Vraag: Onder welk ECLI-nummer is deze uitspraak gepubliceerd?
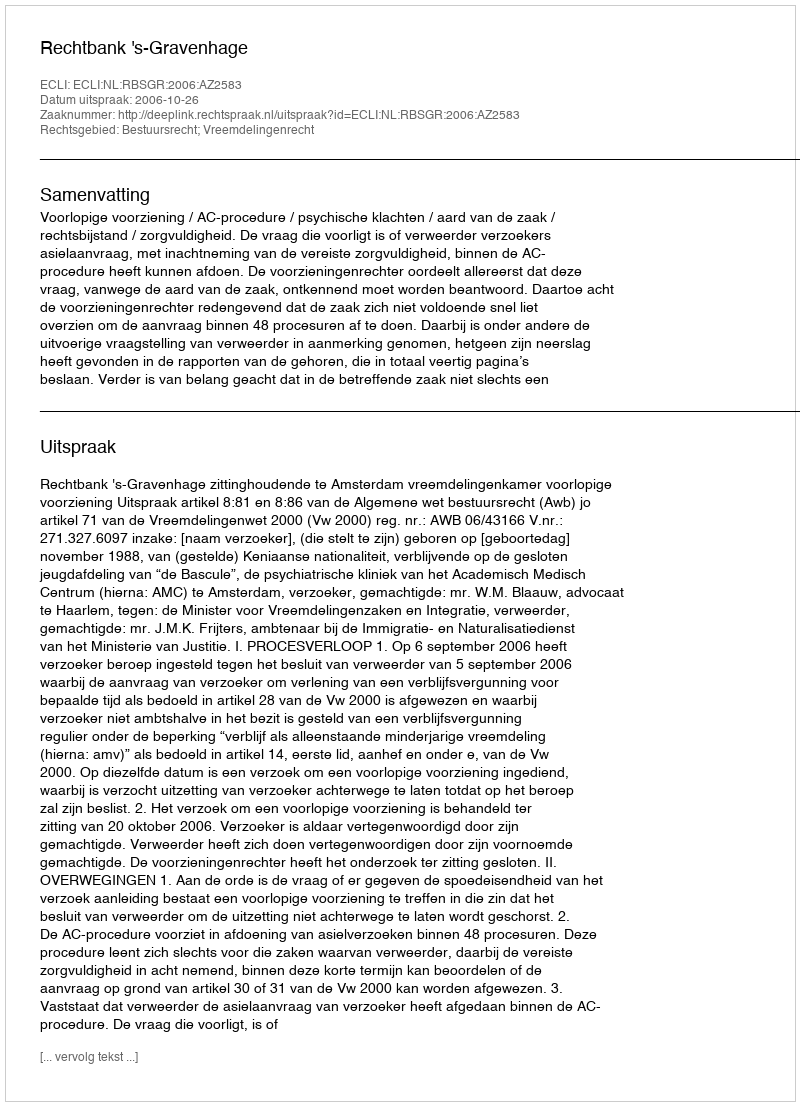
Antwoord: ECLI:NL:RBSGR:2006:AZ2583